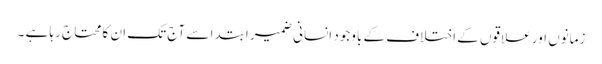
زمانوں اور علاقوں کے اختلاف کے باوجود انسانی ضمیر ابتدا سے آج تک ان کا محتاج رہا ہے ۔